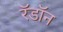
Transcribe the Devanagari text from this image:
रॅडॉन